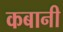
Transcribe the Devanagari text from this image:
कबानी